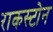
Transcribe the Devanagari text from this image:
राकस्टोन